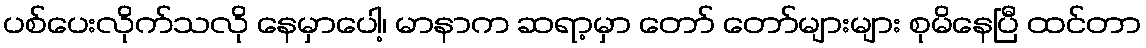
ပစ်ပေးလိုက်သလို နေမှာပေါ့၊ မာနာက ဆရာ့မှာ တော် တော်များများ စုမိနေပြီ ထင်တာ